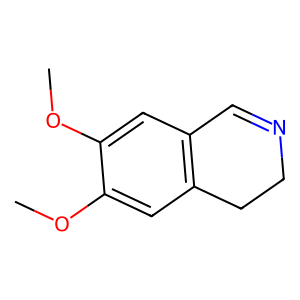
SMILES: COc1cc2c(cc1OC)CCN=C2
Inhibits HIV replication: No